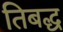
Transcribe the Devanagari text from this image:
तिबद्ध